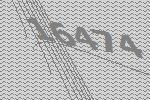
16474